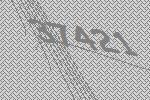
37421